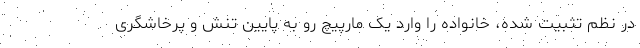
در نظم تثبیت شده، خانواده را وارد یک مارپیچ رو به پایین تنش و پرخاشگری